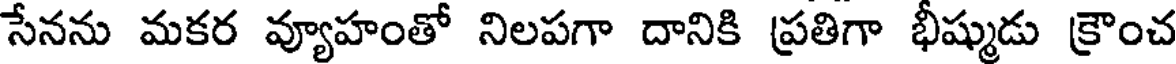
సేనను మకర వ్యూహంతో నిలపగా దానికి ప్రతిగా భీష్ముడు క్రౌంచ